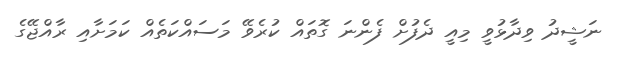
ނަޝީދު ވިދާޅުވީ މިއީ ދެފުށް ފެންނަ ގޮތައް ކުރެވޭ މަސައްކަތެއް ކަމަށާއި ރާއްޖޭގެ